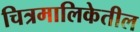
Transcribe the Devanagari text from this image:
चित्रमालिकेतील